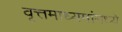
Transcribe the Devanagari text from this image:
वृत्तमाध्यमांमध्ये